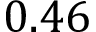
0 . 4 6